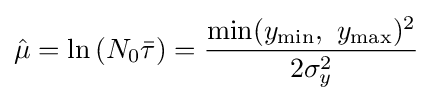
{\hat {\mu }}=\ln \left(N_{0}{\bar {\tau }}\right)={\frac {\min(y_{\min },\ y_{\max })^{2}}{2\sigma _{y}^{2}}}